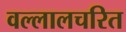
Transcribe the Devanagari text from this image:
वल्लालचरित